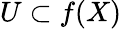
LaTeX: U\subset f(X)